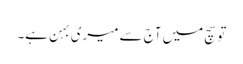
تو سچ میں آج سے میری بہن ہے۔